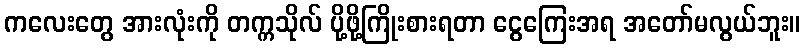
ကလေးတွေ အားလုံးကို တက္ကသိုလ် ပို့ဖို့ကြိုးစားရတာ ငွေကြေးအရ အတော်မလွယ်ဘူး။